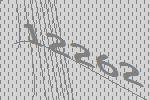
12262